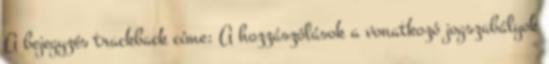
A bejegyzés trackback címe: A hozzászólások a vonatkozó jogszabályok